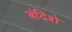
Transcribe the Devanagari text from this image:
बंदिशे